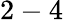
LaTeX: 2-4